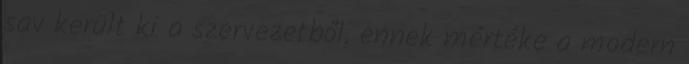
sav került ki a szervezetből, ennek mértéke a modern